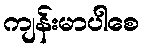
ကျန်းမာပါစေ